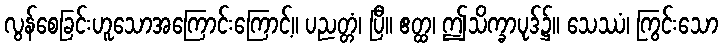
လွန်စေခြင်းဟူသောအကြောင်းကြောင့်။ ပညတ္တံ၊ ပြီ။ ဧတ္ထ၊ ဤသိက္ခာပုဒ်၌။ သေဿံ၊ ကြွင်းသော